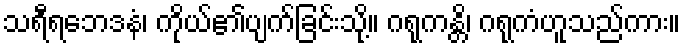
သရီရဘေဒနံ၊ ကိုယ်၏ပျက်ခြင်းသို့။ ဂရုကန္တိ၊ ဂရုကံဟူသည်ကား။